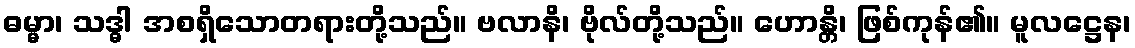
ဓမ္မာ၊ သဒ္ဓါ အစရှိသောတရားတို့သည်။ ဗလာနိ၊ ဗိုလ်တို့သည်။ ဟောန္တိ၊ ဖြစ်ကုန်၏။ မူလဋ္ဌေန၊